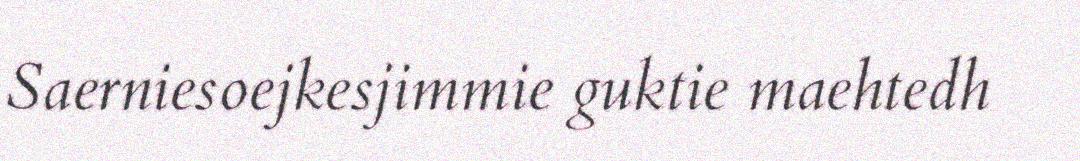
Saerniesoejkesjimmie guktie maehtedh